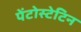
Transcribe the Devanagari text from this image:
पेंटोस्टेटिन